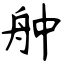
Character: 舯